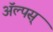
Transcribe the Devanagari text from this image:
ॲल्पस्